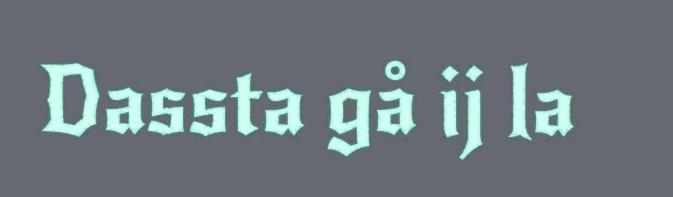
Dassta gå ij la